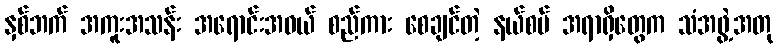
နှစ်ဘက် အကူးအသန်း အရောင်းအဝယ် စည်ကား စေချင်တဲ့ နယ်စပ် အရာရှိတွေက သံအဖွဲ့အတု